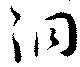
洞